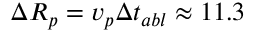
\Delta R _ { p } = v _ { p } \Delta t _ { a b l } \approx 1 1 . 3